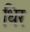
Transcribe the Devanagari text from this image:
धिर